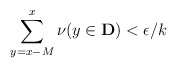
\begin{align*}\sum_{y=x-M}^{x}\nu(y\in\mathbf{D})<\epsilon/k\end{align*}